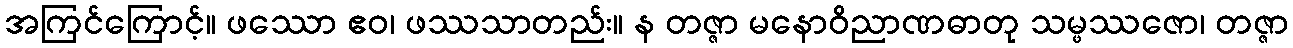
အကြင်ကြောင့်။ ဖဿော ဧဝ၊ ဖဿသာတည်း။ န တဇ္ဇာ မနောဝိညာဏဓာတု သမ္ဖဿဇော၊ တဇ္ဇာ